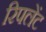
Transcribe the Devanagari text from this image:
रिपलेंट